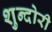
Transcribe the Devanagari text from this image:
शुन्दोरी